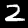
Label: 2